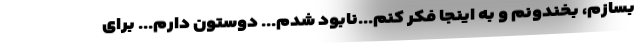
بسازم، بخندونم و به اینجا فکر کنم...نابود شدم... دوستون دارم... برای